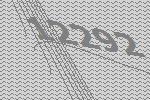
12292